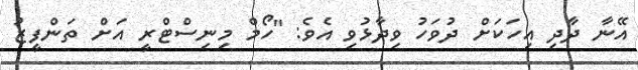
އޭނާ ދާދި އިހަކަށް ދުވަހު ވިދާޅުވި އެވެ: "ހޯމް މިނިސްޓްރީ އަށް ތަންފީޒު